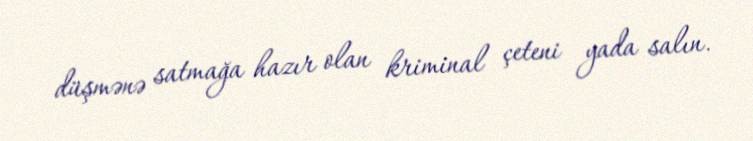
düşmənə satmağa hazır olan kriminal çeteni yada salın.